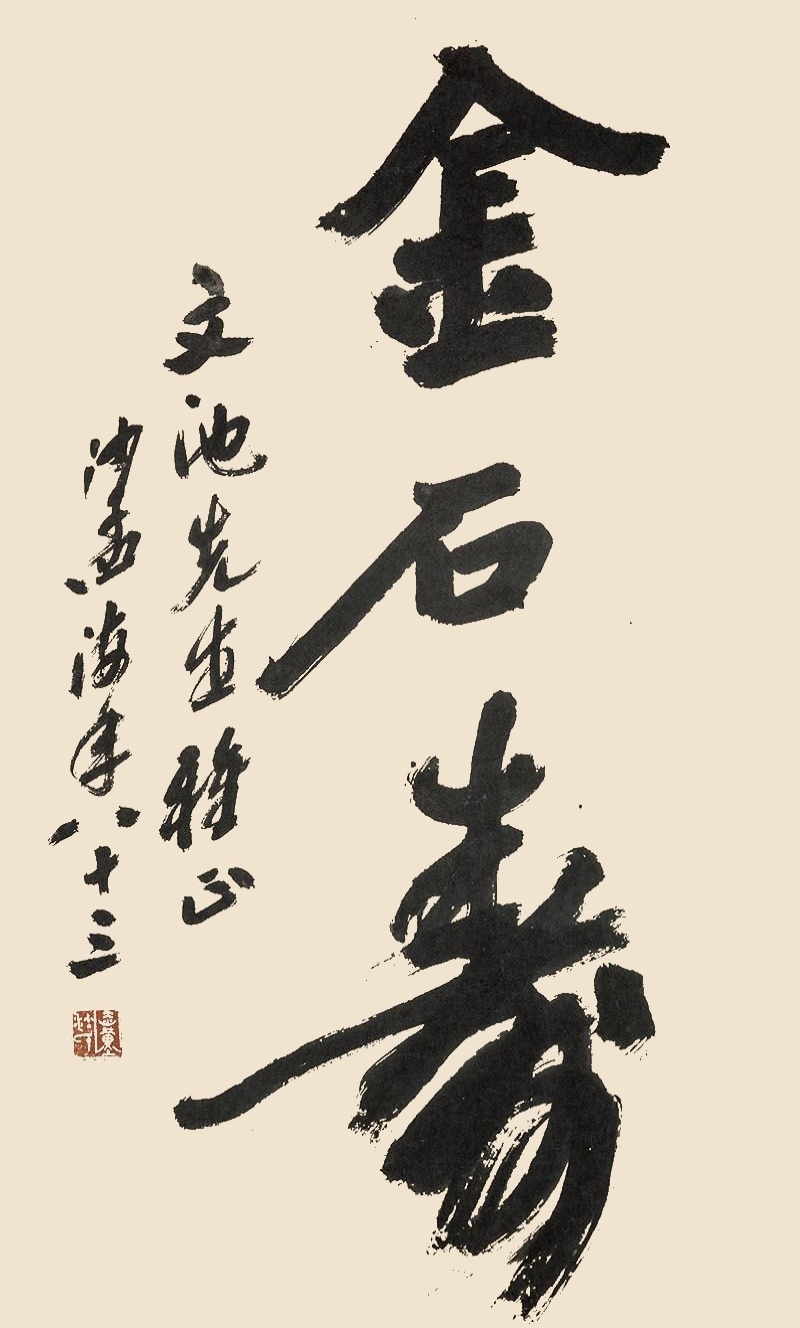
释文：金石寿文池先生雅正，沙孟海年八十三。